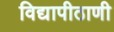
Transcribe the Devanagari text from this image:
विद्यापीठाणी